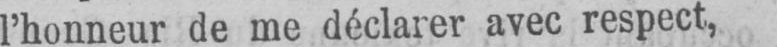
l’honneur de me déclarer avec respect,